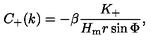
C _ { + } ( k ) = - \beta \frac { K _ { + } } { H _ { \mathrm { m } } r \sin \Phi } ,